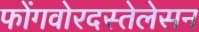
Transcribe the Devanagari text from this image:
फोंगवोरदस्तेलेसन